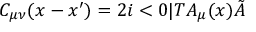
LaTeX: C _ { \mu \nu } ( x - x ^ { \prime } ) = 2 i < 0 | T { \cal A } _ { \mu } ( x ) \tilde { { \cal A } }